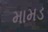
મામડ